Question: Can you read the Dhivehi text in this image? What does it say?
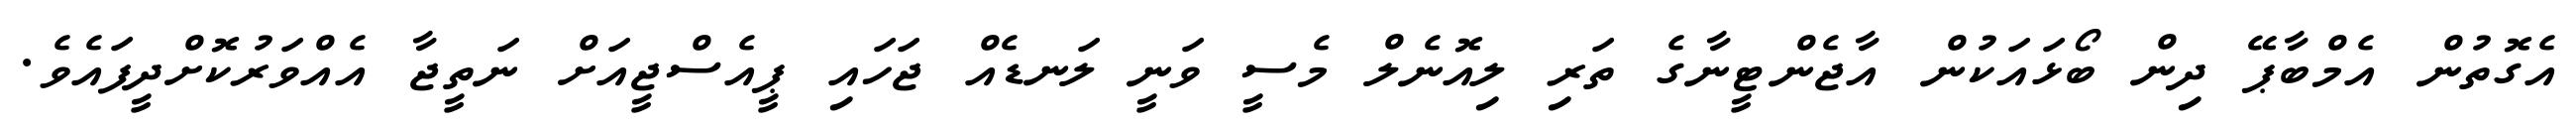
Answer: އެގޮތުން އެމްބާޕޭ ދިން ބޯޅައަކުން އާޖެންޓީނާގެ ތަރި ލިއޮނެލް މެސީ ވަނީ ލަނޑެއް ޖަހައި ޕީއެސްޖީއަށް ނަތީޖާ އެއްވަރުކޮށްދީފައެވެ.